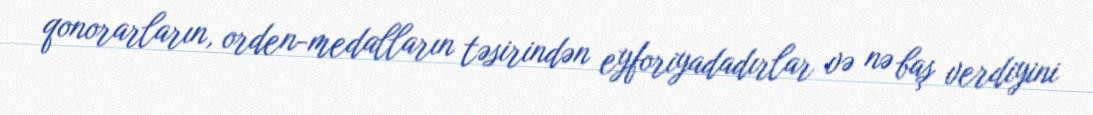
qonorarların, orden-medalların təsirindən eyforiyadadırlar və nə baş verdiyini